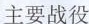
主要战役